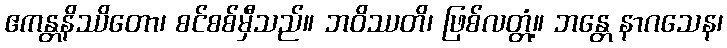
ဧကန္တနိဿိတော၊ စင်စစ်မှီသည်။ ဘဝိဿတိ၊ ဖြစ်လတ္တံ့။ ဘန္တေ နာဂသေန၊